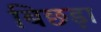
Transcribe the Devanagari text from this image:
बिछड़ा